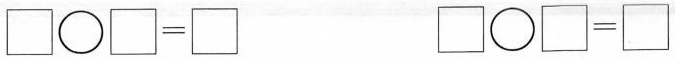
$$\Box \bigcirc \Box = \Box$$ $$\Box \bigcirc \Box = \Box$$